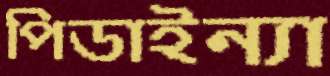
পিডাইন্যা